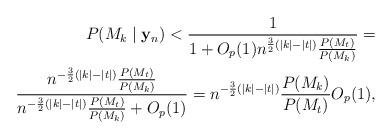
LaTeX: \begin{align*}P(M_k \mid {\bf y}_n)<\frac{1}{1+O_p(1) n^{\frac{3}{2}(|k|-|t|)} \frac{P(M_t)}{P(M_k)}}= \\\frac{n^{-\frac{3}{2}(|k|-|t|)} \frac{P(M_t)}{P(M_k)}}{n^{-\frac{3}{2}(|k|-|t|)} \frac{P(M_t)}{P(M_k)}+O_p(1)}=n^{-\frac{3}{2}(|k|-|t|)} \frac{P(M_k)}{P(M_t)} O_p(1),\end{align*}